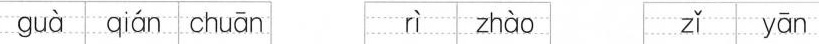
gua qian chuan rì zhào zǐ yān